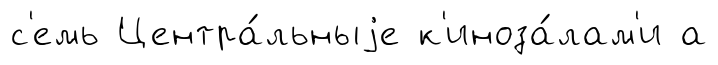
с'емь Центра́льныjе к'иноза́лам'и а